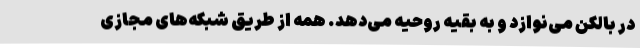
در بالکن می‌نوازد و به بقیه روحیه می‌دهد. همه از طریق شبکه‌های مجازی